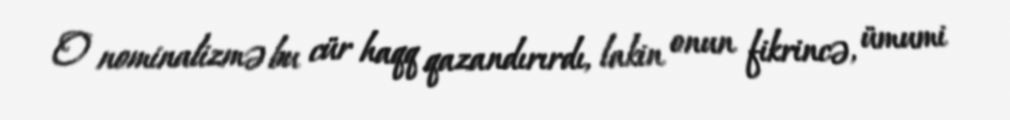
O nominalizmə bu cür haqq qazandırırdı, lakin onun fikrincə, ümumi